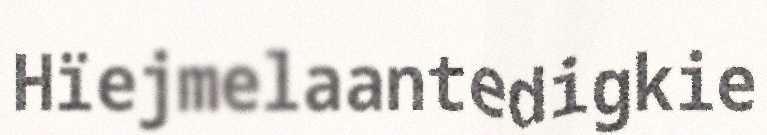
Hïejmelaantedigkie